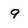
Character: 9